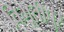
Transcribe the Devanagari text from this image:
विभूतीपुर